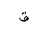
Letter: _qaf